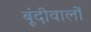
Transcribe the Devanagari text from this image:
बूंदीवालों